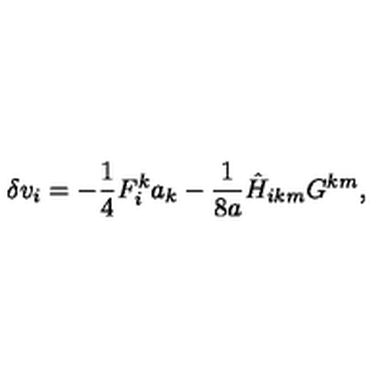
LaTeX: \delta v _ { i } = - \frac { 1 } { 4 } F _ { i } ^ { k } a _ { k } - \frac { 1 } { 8 a } { { \hat { H } } } _ { i k m } G ^ { k m } ,